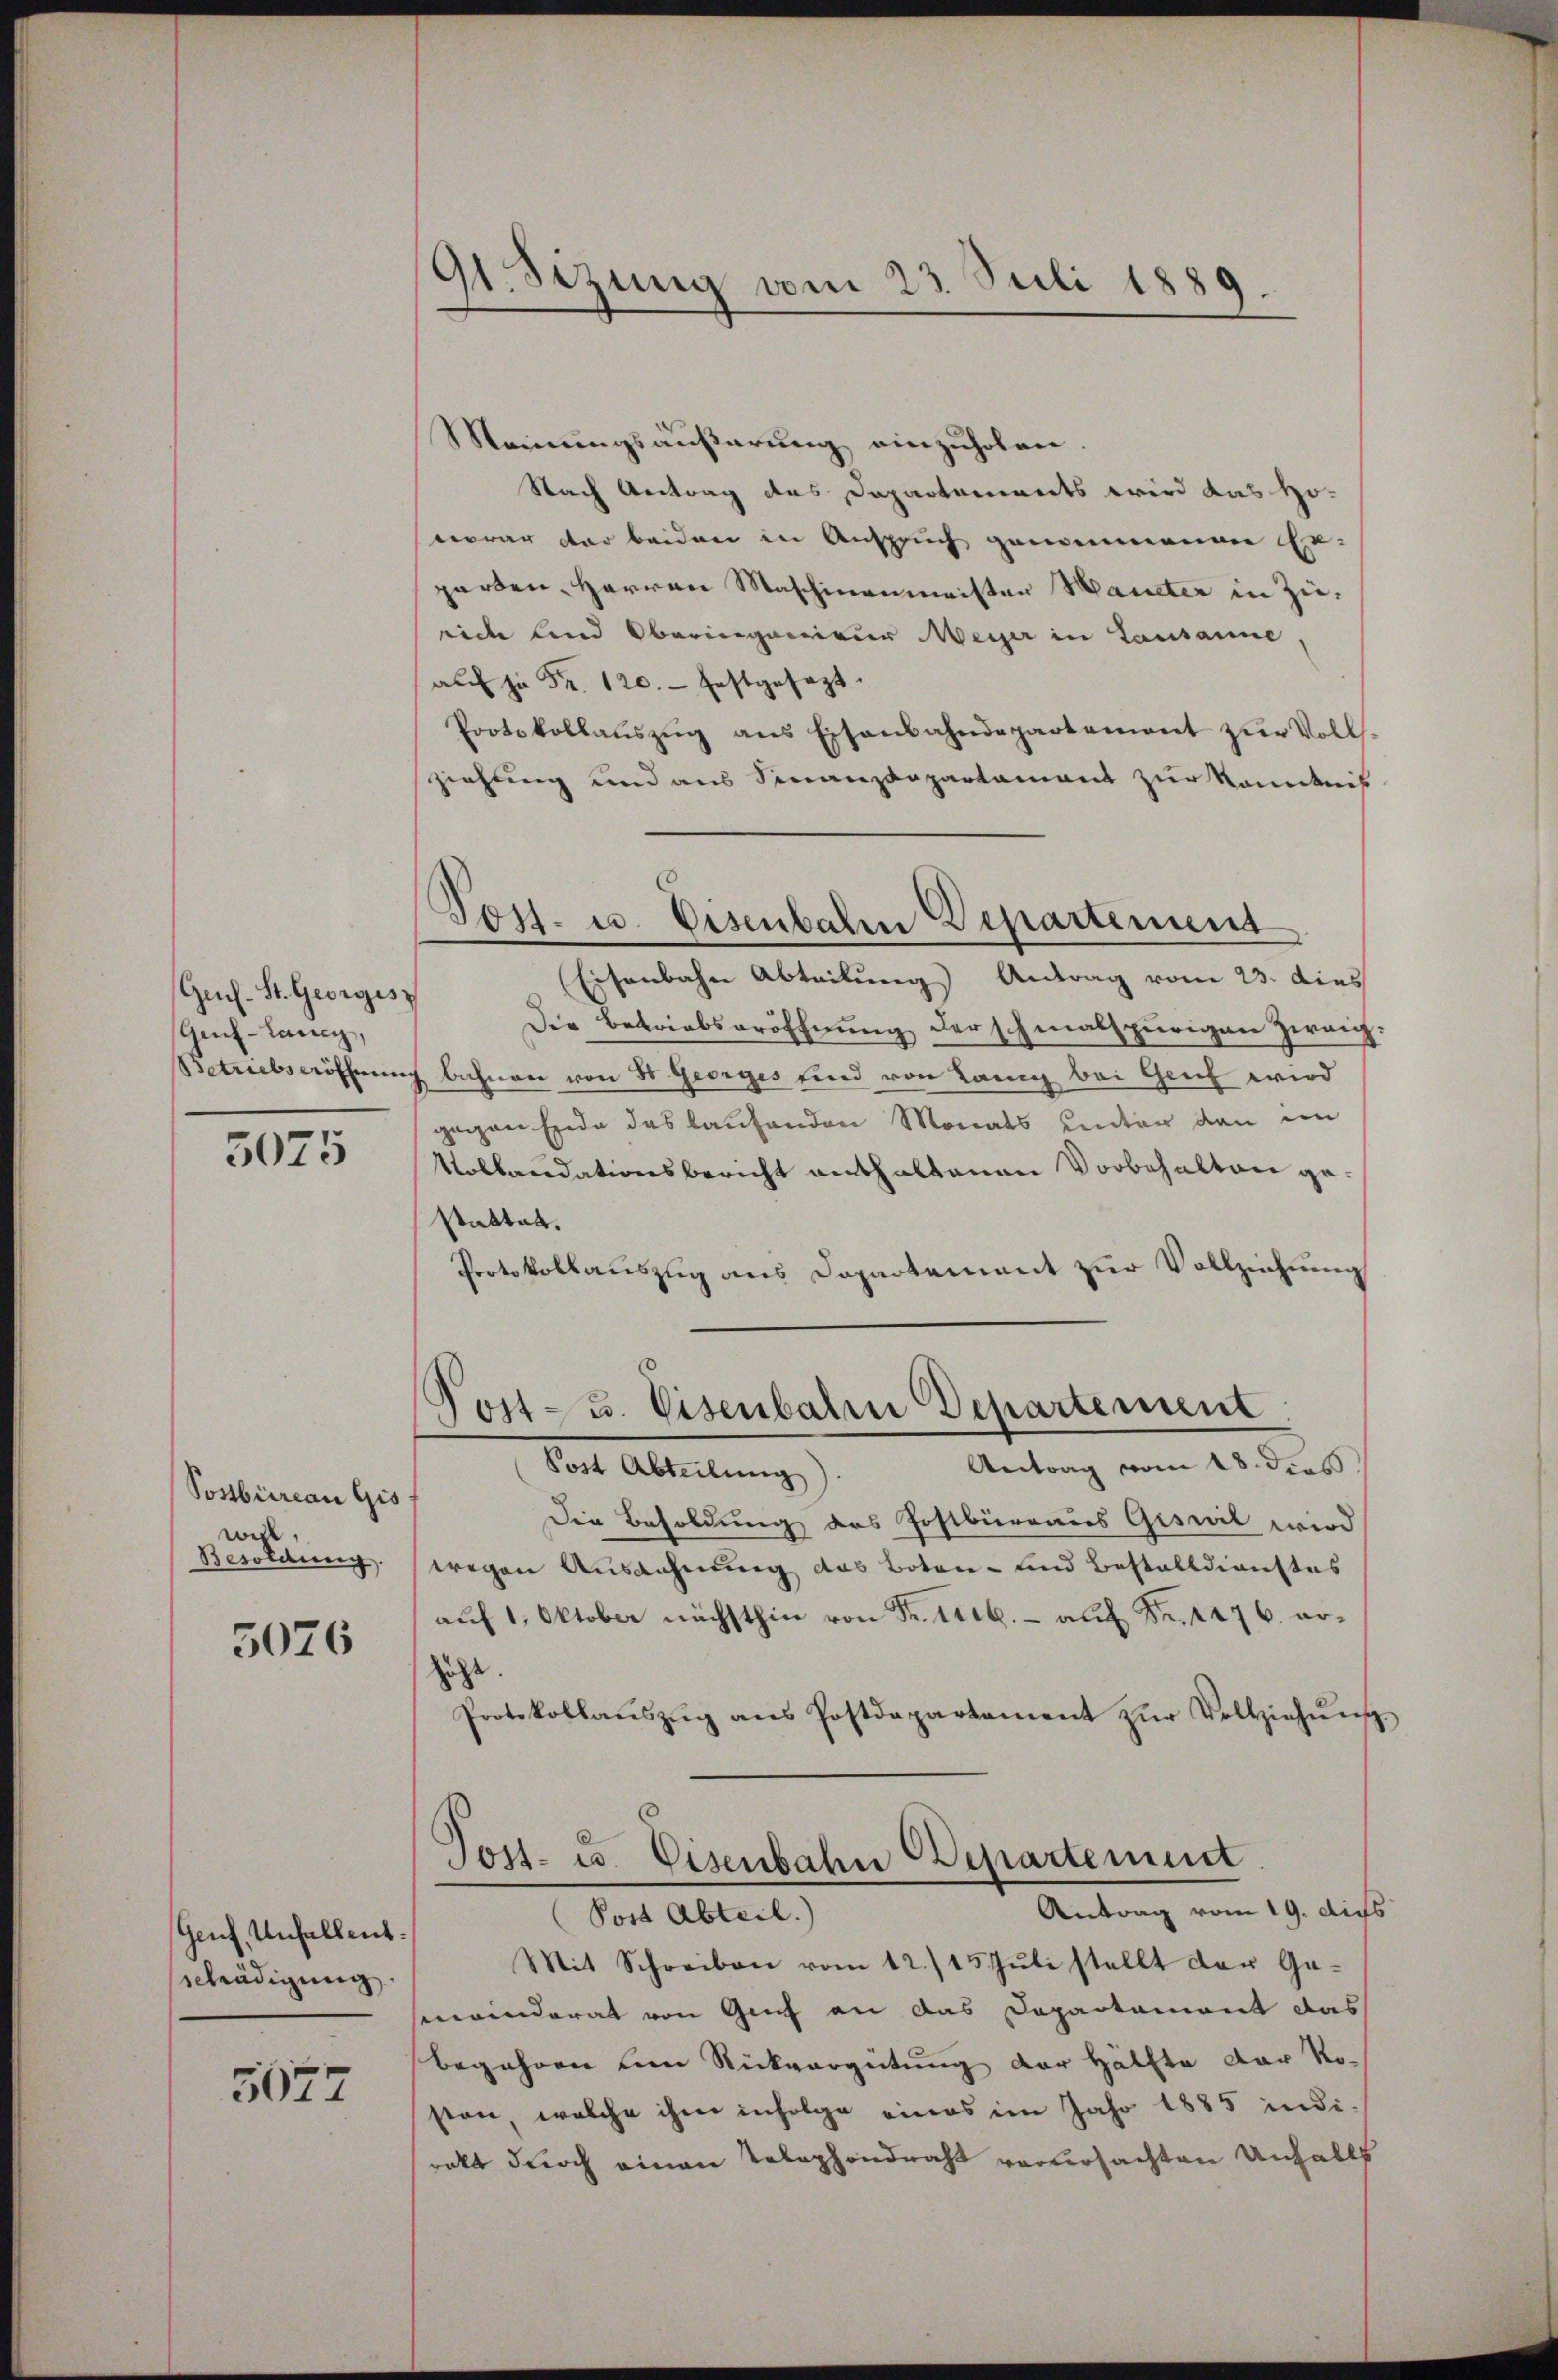
Gech. St. Georgis
Geuf-Laney,
etriebseröffnun

5075

Postbüreau Gis
will
Besoldung.

5026

Genf, Unfallent:
Schädigung

5677

91. Sezung vom 23. Suli 1889

Meinungsäußerung einzuholen
Nach Antrag des Departements wird das Ho-
norar der beiden in Anspruch genommenen Exparten Herren Maschinenmeister Haueter in Zürich lind Oberingenieur Meyer in Lausanne,
au je Fr. 120. festgesezt.
Protokollaŭszŭg ans Eisenbahndepartement zŭr Volls.
ziehung und aus Finanzdepartament zur Kenntniß
Eisenbahn Abteilung Antrag vom 23. dies
Die Betriebseröffnung der schmalspurigen Zweig
c bahnen von 8 Georges sind von Lanig bei Greif wird
gegen Ende das laufenden Monats Kanton den im
Kollaudationsbericht enthaltenen Vorbehalten gestattet.
Protokollauszug aus Departement zur Vollziehung
Post- u. Visenbahn Departement
Antrag vom 18. dies
Post Abteilung).
Die Besoldung des Postbüreaus Giseil wird
wegen Ausdehnung das Boten- und Bestalldienstes
aŭf 1. Oktober nächsthin von Fr. Trib.- aŭf Fr. 1476. erzuhe
Protokollaŭszŭg ans Postdepartament zŭr Vollziehŭng
Tost- u. Eisenbahn Departement
Antrag vom 19. di
(Post Abteil.)
Mit Schreiben vom 12./15. Jŭli stellt der Ge-
meinderat von Genf an das Departament das
begehren um Rückvergütung der Hälfte der Koston, welche ihm infolge eines im Jahr 1885 indi-
rakt durch einen Telephondraht verursachten Unfalls

C
Post. u. Eisenbahre Departement